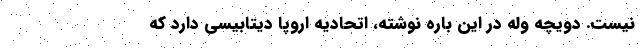
نیست. دویچه وله در این باره نوشته، اتحادیه اروپا دیتابیسی دارد که